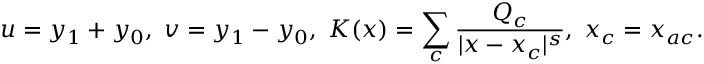
u = y _ { 1 } + y _ { 0 } , \; v = y _ { 1 } - y _ { 0 } , \; K ( x ) = \sum _ { c } \frac { Q _ { c } } { | x - x _ { c } | ^ { s } } , \; x _ { c } = x _ { a c } .